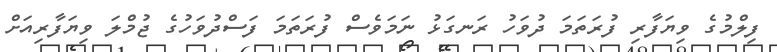
ފިލްމުގެ ވިޔަފާރި ފުރަތަމަ ދުވަހު ރަނގަޅު ނަމަވެސް ފުރަތަމަ ފަސްދުވަހުގެ ޖުމްލަ ވިޔަފާރިއަށް